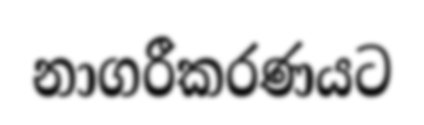
නාගරීකරණයට